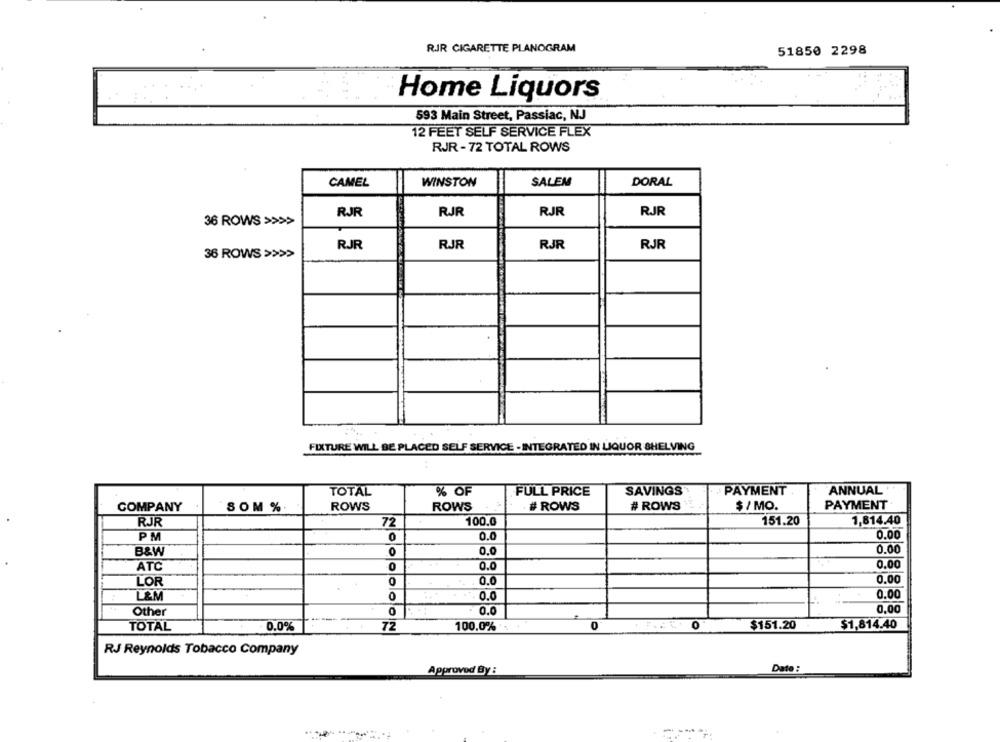
RIR CIGARETTE PLANOGRAM
51850 2298
Home Liquors
593 Main Street, Passiac, NJ
12 FEET SELF SERVICE FLEX
RJR -72 TOTAL ROWS
CAMEL
WINSTON
SALEM
DORAL
RJR
RJR
RJR
RJR
36 ROWS >>>>
RJR
RJR
RJR
RJR
36 ROWS >>>>
FIXTURE WILL BE PLACED SELF SERVICE - INTEGRATED IN LIQUOR SHELVING
ANNUAL
TOTAL
% OF
FULL PRICE
SAVINGS
PAYMENT
PAYMENT
COMPANY
SOM %.
ROWS
ROWS
# ROWS
# ROWS
$ / MO.
1,814.40
RJR
72
100.0
151.20
0.00
PM
0
0.0
0.0
0.00
B&W
0
0.00
ATC
0
0.0
0.00
LOR
0
0.0
0.00
L&M
0
0.0
0,00
Other
O
0.0
TOTAL
0.0%
72
100,0%
0
0
$151.20
$1,814.40
RJ Reynolds Tobacco Company
Approved By:
Date :
-